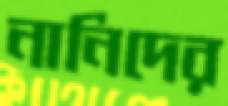
নানিদের